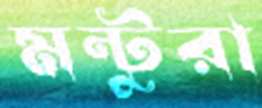
মন্টুরা